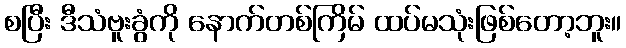
စပြီး ဒီသံဗူးခွံကို နောက်တစ်ကြိမ် ထပ်မသုံးဖြစ်တော့ဘူး။